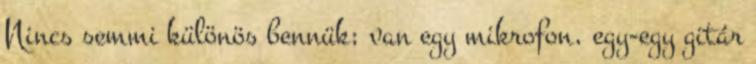
Nincs semmi különös bennük; van egy mikrofon, egy-egy gitár